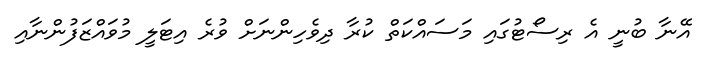
އޭނާ ބުނީ އެ ރިސޯޓުގައި މަސައްކަތް ކުރާ ދިވެހިންނަށް ވުރެ އިޓަލީ މުވައްޒަފުންނާއި